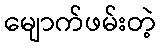
မျောက်ဖမ်းတဲ့